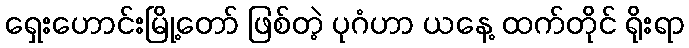
ရှေးဟောင်းမြို့တော် ဖြစ်တဲ့ ပုဂံဟာ ယနေ့ ထက်တိုင် ရိုးရာ